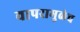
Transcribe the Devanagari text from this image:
वापरामुळेच